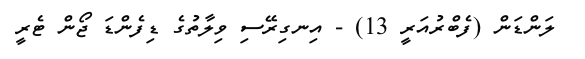
ލަންޑަން (ފެބްރުއަރީ 13) - އިނގިރޭސި ވިލާތުގެ ޑިފެންޑަ ޖޯން ޓެރީ